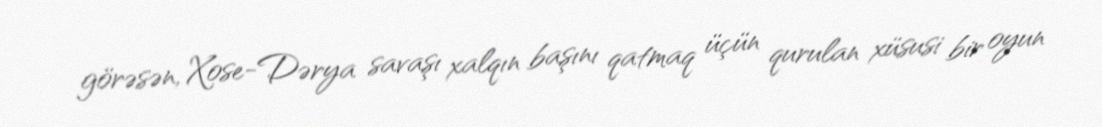
görəsən, Xose-Dərya savaşı xalqın başını qatmaq üçün qurulan xüsusi bir oyun